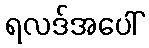
ရလဒ်အပေါ်